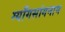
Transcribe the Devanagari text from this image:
ग्याँगसांगनाम